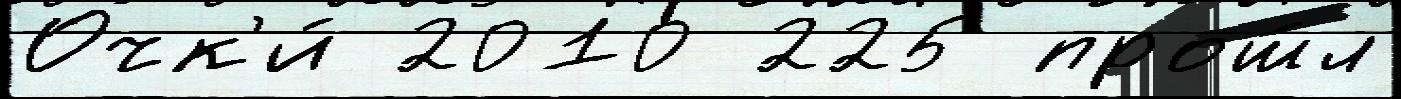
Очк'и́ 2010 225 прош́л